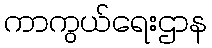
ကာကွယ်ရေးဌာန